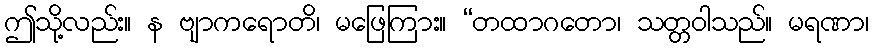
ဤသို့လည်း။ န ဗျာကရောတိ၊ မဖြေကြား။ “တထာဂတော၊ သတ္တဝါသည်။ မရဏာ၊